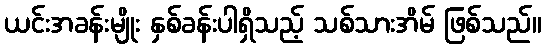
ယင်းအခန်းမျိုး နှစ်ခန်းပါရှိသည့် သစ်သားအိမ် ဖြစ်သည်။